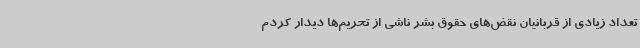
تعداد زیادی از قربانیان نقض‌های حقوق بشر ناشی از تحریم‌ها دیدار کردم